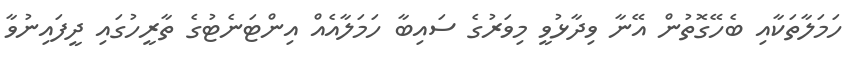
ހަމަލާތަކާއި ބެހޭގޮތުން އޭނާ ވިދާޅުވީ މިވަރުގެ ސައިބާ ހަމަލާއެއް އިންޓަނެޓުގެ ތާރީހުގައި ދީފައިނުވާ